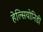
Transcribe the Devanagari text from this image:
हेल्सियोनिडी